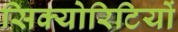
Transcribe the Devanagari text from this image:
सिक्योरिटियों